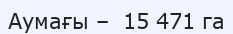
Аумағы –  15 471 га